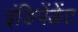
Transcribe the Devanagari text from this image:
इंङिपेंङेंट